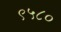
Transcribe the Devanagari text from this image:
९५८०